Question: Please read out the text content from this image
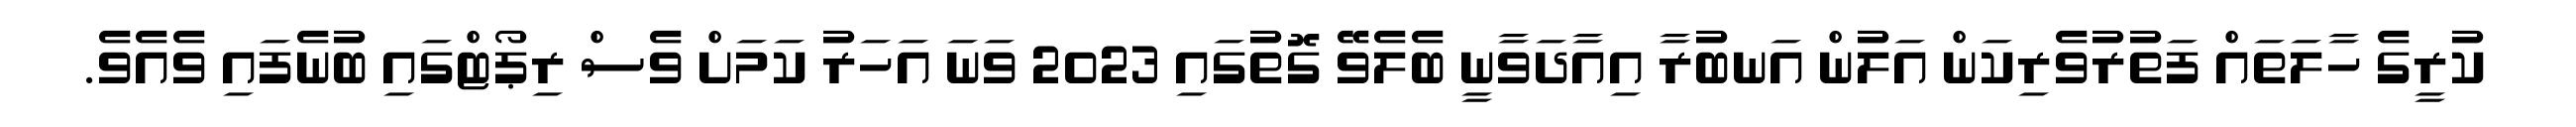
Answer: ކުރީގެ ހާލަތައް ފަތުރުވެރިކަން އަލުން އަނބުރާ އިއާދަވާނީ ބެލެވޭ ގޮތުގައި 2023 ވަނަ އަހަރު ކަމަށް ވެސް ރިޕޯޓްގައި ބުނެފައި ވެއެވެ.